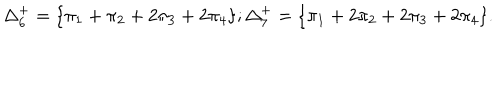
LaTeX: \Delta _ { 6 } ^ { + } = \{ \pi _ { 1 } + \pi _ { 2 } + 2 \pi _ { 3 } + 2 \pi _ { 4 } \} ; \Delta _ { 7 } ^ { + } = \{ \pi _ { 1 } + 2 \pi _ { 2 } + 2 \pi _ { 3 } + 2 \pi _ { 4 } \} .